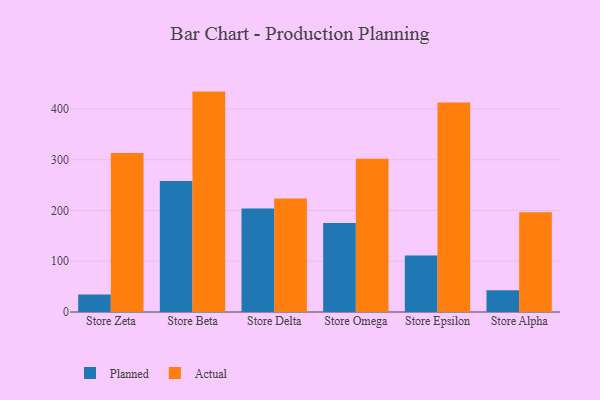
{"axis": {"x": "Store", "y": "Production Output"}, "legend": ["Actual", "Planned"], "data": [{"x": "Store Zeta", "y": 34.3, "type": "Planned"}, {"x": "Store Zeta", "y": 313.3, "type": "Actual"}, {"x": "Store Beta", "y": 258.2, "type": "Planned"}, {"x": "Store Beta", "y": 434.2, "type": "Actual"}, {"x": "Store Delta", "y": 204.0, "type": "Planned"}, {"x": "Store Delta", "y": 223.8, "type": "Actual"}, {"x": "Store Omega", "y": 175.5, "type": "Planned"}, {"x": "Store Omega", "y": 301.7, "type": "Actual"}, {"x": "Store Epsilon", "y": 111.4, "type": "Planned"}, {"x": "Store Epsilon", "y": 412.6, "type": "Actual"}, {"x": "Store Alpha", "y": 43.0, "type": "Planned"}, {"x": "Store Alpha", "y": 196.3, "type": "Actual"}]}